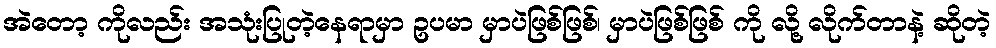
အဲတော့ ကိုလည်း အသုံးပြုတဲ့နေရာမှာ ဥပမာ မှာပဲဖြစ်ဖြစ်၊ မှာပဲဖြစ်ဖြစ် ကို လို့ လိုက်တာနဲ့ ဆိုတဲ့